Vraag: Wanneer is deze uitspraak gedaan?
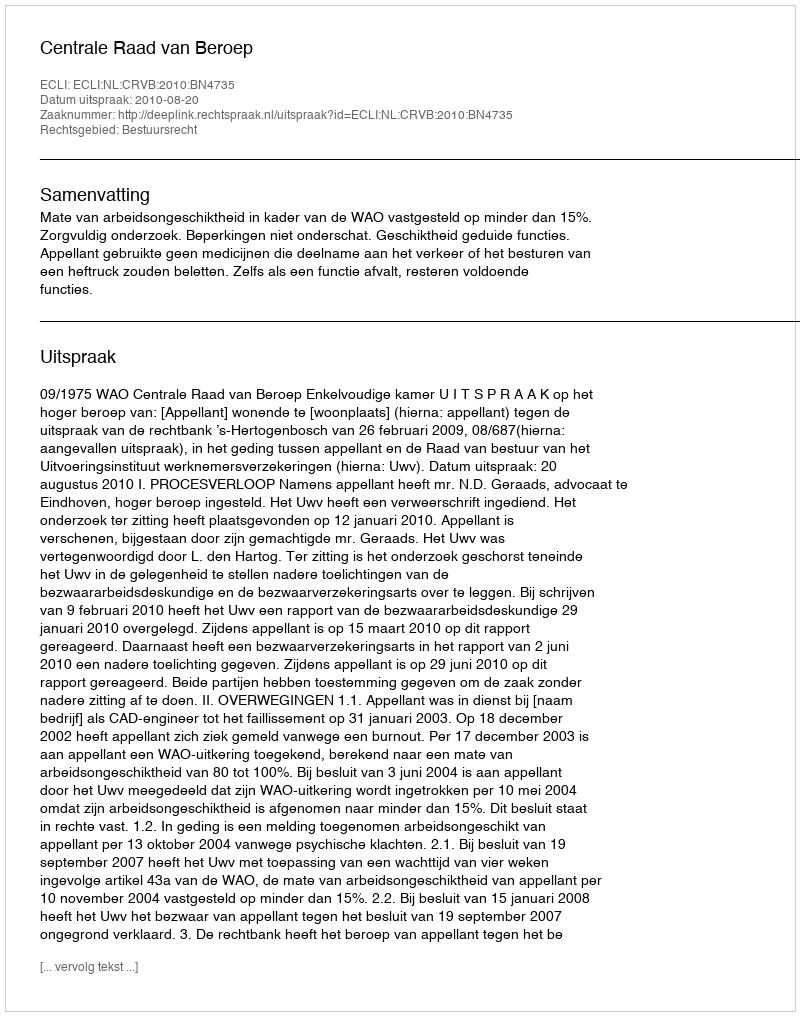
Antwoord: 2010-08-20